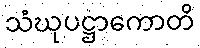
သံဃုပဋ္ဌာကောတိ